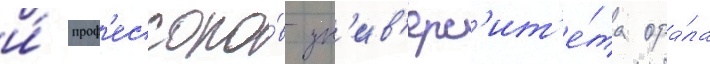
и́ проф'ессоро́в ун'ив'ерс'ит'е́та ора́ла